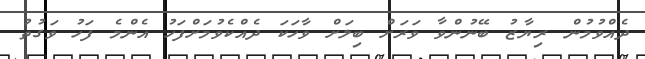
ދެއްވުމުން ރިޔާޒު ބޭނުންވާ ވަރަށް ބިލަށް ވާހަކަ ދެއްކެވުމަށްފަހު އެންމެ ފަހު ވަގުތު